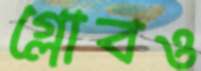
গ্লোবও